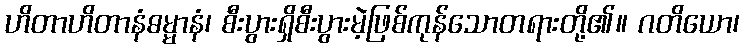
ဟိတာဟိတာနံဓမ္မာနံ၊ စီးပွားရှိစီးပွားမဲ့ဖြစ်ကုန်သောတရားတို့၏။ ဂတိယော၊